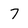
Character: 7